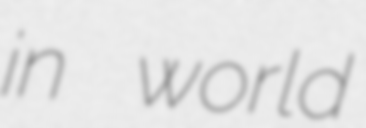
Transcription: in world